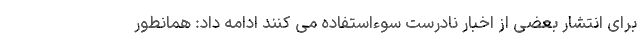
برای انتشار بعضی از اخبار نادرست سوءاستفاده می کنند ادامه داد: همانطور